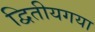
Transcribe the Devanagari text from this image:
द्वितीयगया